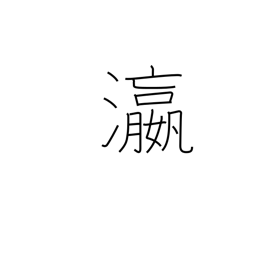
Meaning: ocean